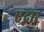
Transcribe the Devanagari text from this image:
एद्गार